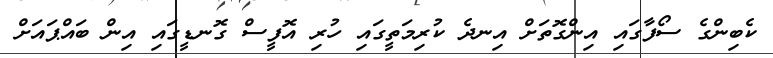
ކެބިންގެ ސޯފާގައި އިންގޮތަށް އިނދެ ކުރިމަތީގައި ހުރި އޮފީސް ގޮނޑީގައި އިން ބައްޕައަށް